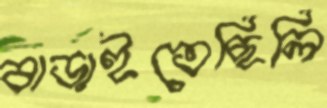
বাড়াইতেছিলি